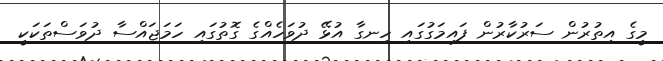
މީގެ އިތުރުން ސަރުކާރުން ފައިމަގުގައި ހިނގާ އުޅޭ ދުވަހެއްގެ ގޮތުގައި ހަމަޖައްސާ ދުވަސްތަކަކީ